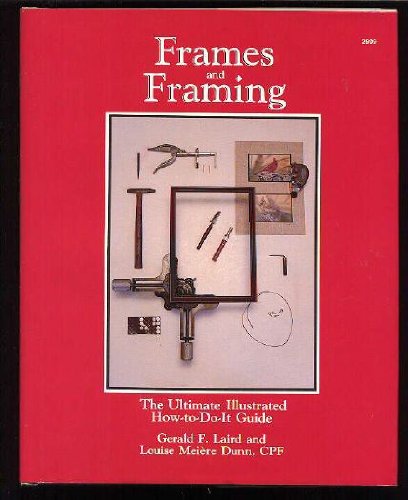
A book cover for Frames and Framing: The Ultimate Illustrated How-to-Do-It Guide; Gerald F Laird; Crafts, Hobbies & Home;